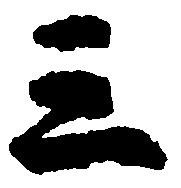
三